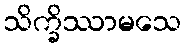
သိက္ခိဿာမသေ